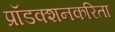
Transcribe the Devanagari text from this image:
प्रॉडक्शनकरिता